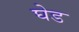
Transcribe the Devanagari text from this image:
घेड